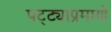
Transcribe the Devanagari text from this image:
पट्ट्याप्रमाणे